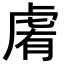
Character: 𧆴